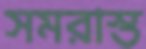
সমরাস্ত